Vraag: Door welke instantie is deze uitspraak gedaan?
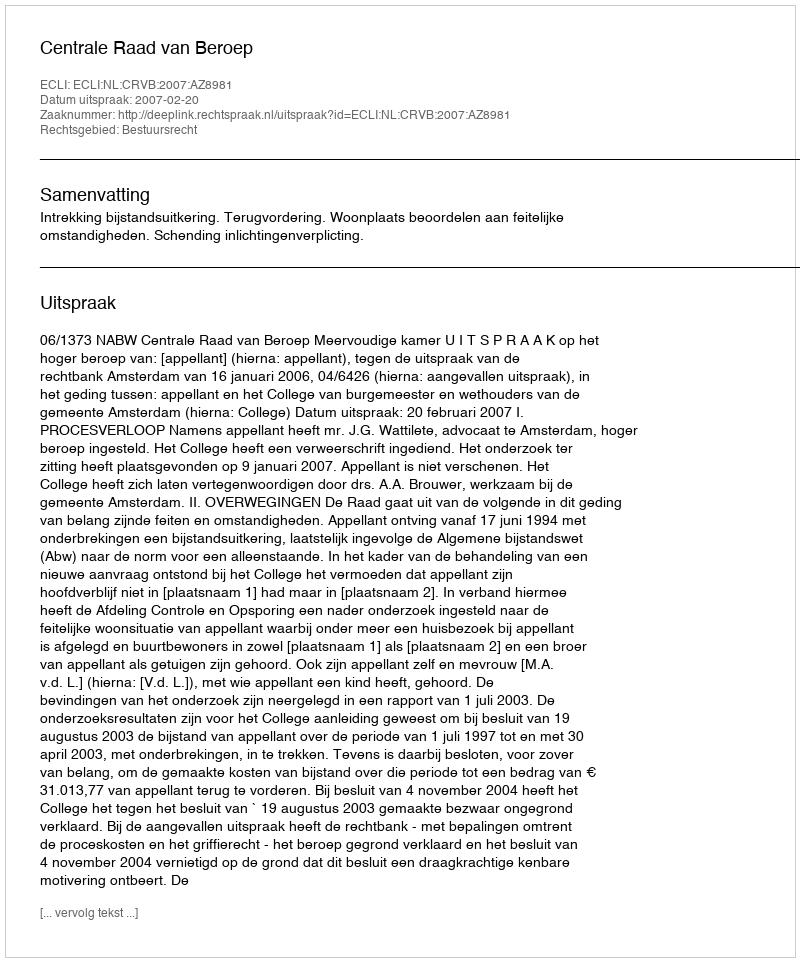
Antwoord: Centrale Raad van Beroep